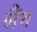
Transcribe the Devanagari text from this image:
लैंथ